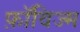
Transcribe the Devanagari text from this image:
फ़ॉविज्म